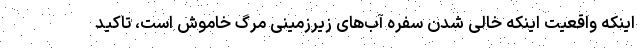
اینکه واقعیت اینکه خالی شدن سفره آب‌های زیرزمینی مرگ خاموش است، تاکید